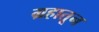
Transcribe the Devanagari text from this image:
ग्रहातून